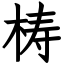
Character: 梼